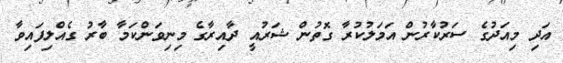
އަދި މިއަދުގެ ސަރުކާރުން އަމަލުކުރާ ގޮތުން ޝަރުއީ ދާއިރާގެ މިނިވަންކަމާ ބާރު ގެއްލިފައިވާ